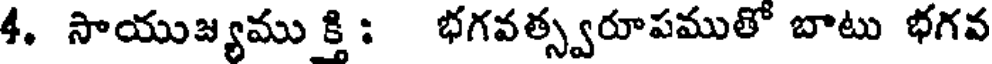
4. సాయుజ్యము క్తి : భగవత్స్వరూపముతో బాటు భగవ